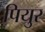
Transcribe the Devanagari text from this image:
पियुर